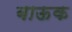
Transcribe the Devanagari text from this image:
बाऊक